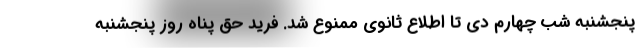
پنجشنبه شب چهارم دی تا اطلاع ثانوی ممنوع شد. فرید حق پناه روز پنجشنبه